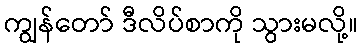
ကျွန်တော် ဒီလိပ်စာကို သွားမလို့။